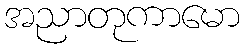
အညာတုကာမော